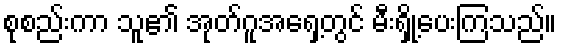
စုစည်းကာ သူ၏ အုတ်ဂူအရှေ့တွင် မီးရှို့ပေးကြသည်။